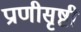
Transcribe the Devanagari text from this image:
प्राणीसृष्टी